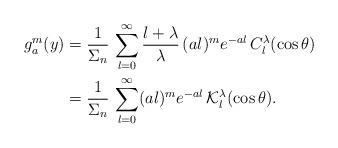
LaTeX: \begin{align*}g_a^{m}(y)&=\frac{1}{\Sigma_n}\,\sum_{l=0}^\infty\frac{l+\lambda}{\lambda}\,(al)^m e^{-al}\,C_l^\lambda(\cos\theta)\\&=\frac{1}{\Sigma_n}\,\sum_{l=0}^\infty(al)^m e^{-al}\,\mathcal K_l^\lambda(\cos\theta).\end{align*}